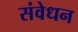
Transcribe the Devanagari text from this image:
संवेधन